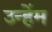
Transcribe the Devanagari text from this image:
उन्हेंम